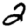
Digit: 2